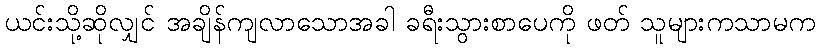
ယင်းသို့ဆိုလျှင် အချိန်ကျလာသောအခါ ခရီးသွားစာပေကို ဖတ် သူများကသာမက